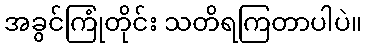
အခွင်ကြုံတိုင်း သတိရကြတာပါပဲ။